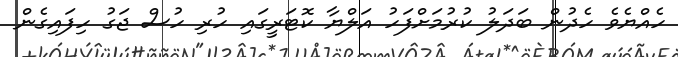
ހެއްޔެވެ ހެދުން ބަދަލު ކުރުމަށްފަހު އަލްޔާ ކޮޓަރީގައި ހުރި ހުސް ޖަގު ހިފައިގެން